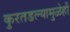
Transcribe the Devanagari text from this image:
कुरतडल्यामुळेही